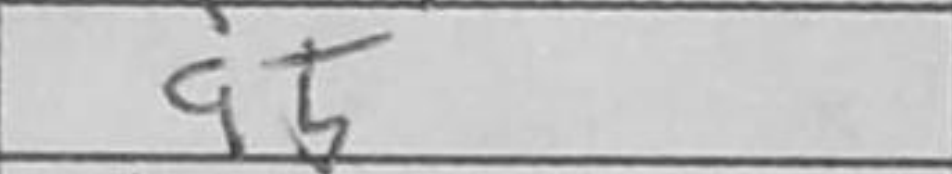
Transcription: a5